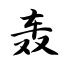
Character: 轰